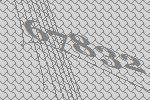
67832